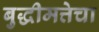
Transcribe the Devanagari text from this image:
बुद्धीमत्तेचा